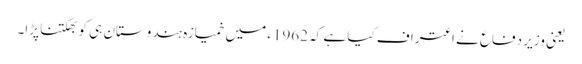
یعنی وزیر دفاع نے اعتراف کیا ہے کہ 1962ء میں خمیازہ ہندوستان ہی کو بھگتنا پڑا۔